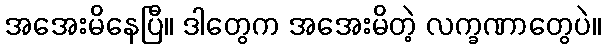
အအေးမိနေပြီ။ ဒါတွေက အအေးမိတဲ့ လက္ခဏာတွေပဲ။